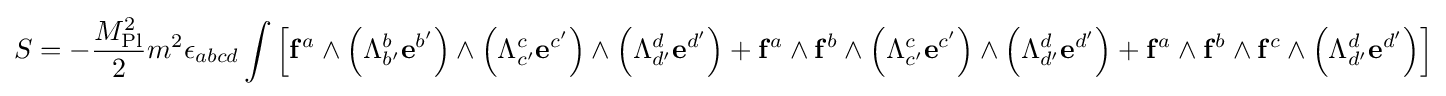
S=-{\frac {M_{\text{Pl}}^{2}}{2}}m^{2}\epsilon _{abcd}\int \left[\mathbf {f} ^{a}\land \left(\Lambda _{b'}^{b}\mathbf {e} ^{b'}\right)\land \left(\Lambda _{c'}^{c}\mathbf {e} ^{c'}\right)\land \left(\Lambda _{d'}^{d}\mathbf {e} ^{d'}\right)+\mathbf {f} ^{a}\land \mathbf {f} ^{b}\land \left(\Lambda _{c'}^{c}\mathbf {e} ^{c'}\right)\land \left(\Lambda _{d'}^{d}\mathbf {e} ^{d'}\right)+\mathbf {f} ^{a}\land \mathbf {f} ^{b}\land \mathbf {f} ^{c}\land \left(\Lambda _{d'}^{d}\mathbf {e} ^{d'}\right)\right]